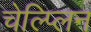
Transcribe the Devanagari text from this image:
चेल्प्लिन